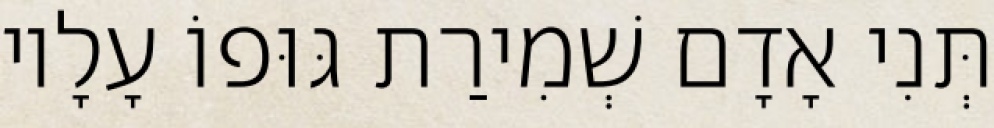
תְּנִי אָדָם שְׁמִירַת גּוּפוֹ עָלָיו